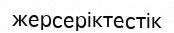
жерсеріктестік